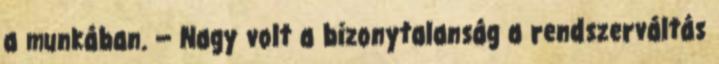
a munkában. — Nagy volt a bizonytalanság a rendszerváltás